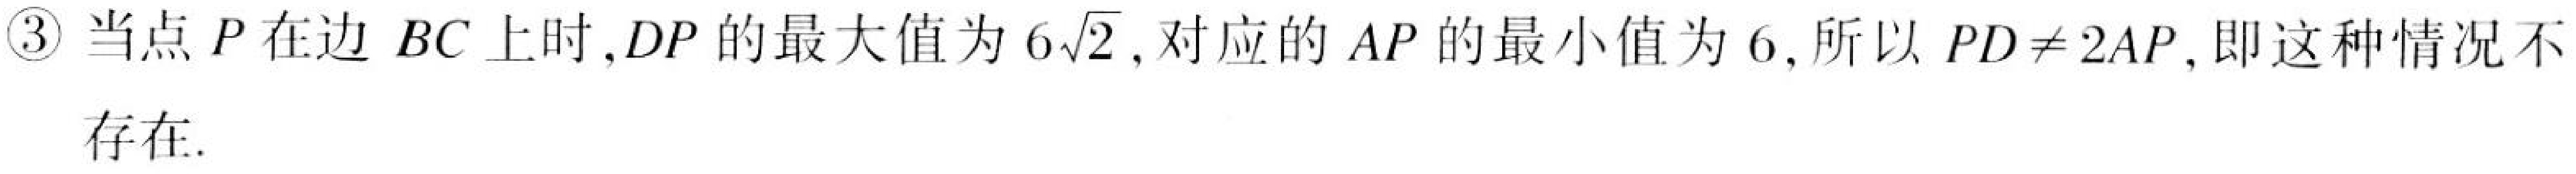
\textcircled{3}当点\(P\)在边\(BC\)上时,\(DP\)的最大值为\(6\sqrt{2}\),对应的\(AP\)的最小值为\(6\),所以\(PD\neq2AP\),即这种情况不存在.